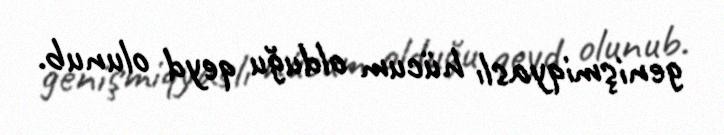
genişmiqyaslı hücum olduğu qeyd olunub.